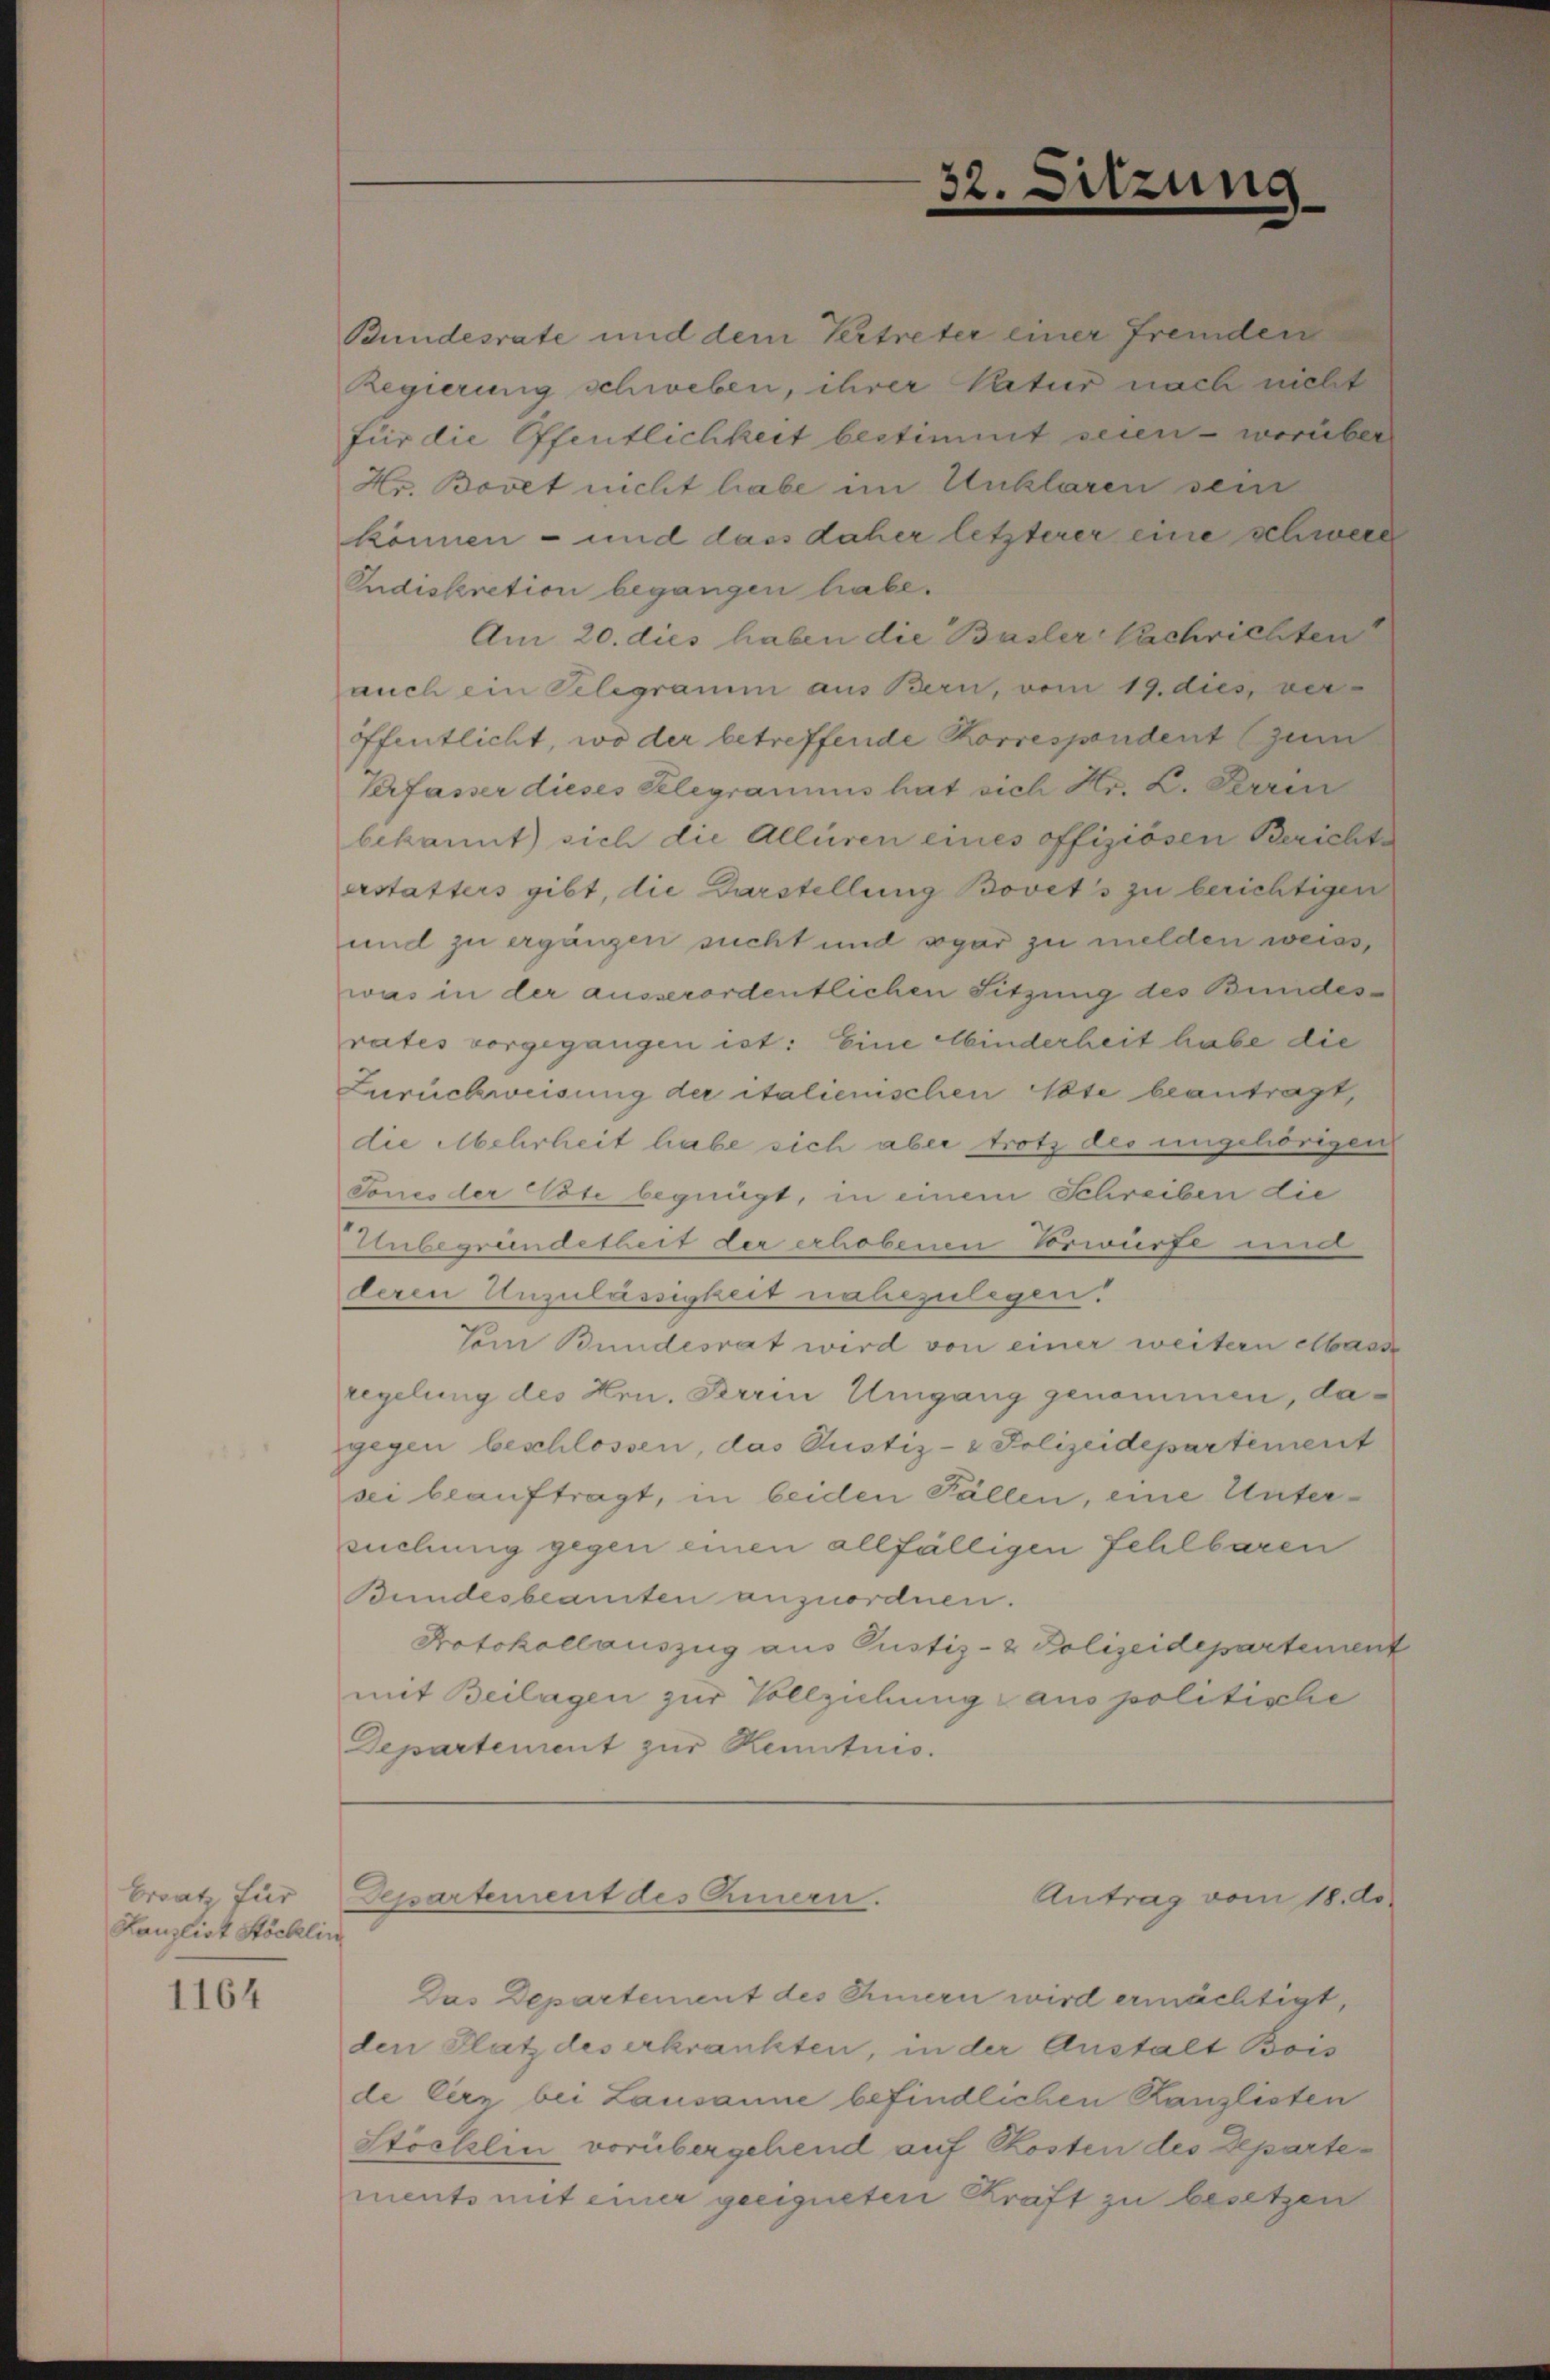
Braatz für
Lanzlist Stöcklin

1164

Departement des Emere.

2.

sitzung

Bundesrate und dem Vertreter einer fremden
Regierung schweben, ihrer Natur nach nicht
für die Pfentlichkeit bestimmt seien - worüber
Hr. Bovet nicht habe im Unklaren sein
können - und dass daher letzterer eine schwere
Indeskretion begangen habe.
Am 20. dies haben die Basler Nachrichten
auch ein Velegramm aus Bern, vom 19. dies, ver-
ffentlicht, wo der betreffende Korrespendent (zum
Verfasser dieses Gelegramms hat sich Hr. C. Perren
bekannt) sich die Allüren eines offiziösen Berichte
erstatters gibt, die Darstellung Bovet's zu berichtigen
und zu ergänzen sucht und sogar zu melden weiss,
was in der ausserordentlichen Sitzung des Bundesrates vorgegangen ist: Eine Minderheit habe die
Zurückweisung der italienischen Note beantragt,
die Mehrheit habe sich aber trotz des ungehörigen
Tones der Note begnügt, in einem Schreiben die
Unbegründetheit der erhobenen Vorwürfe und
deren Unzulässigkeit nahezulegen.
Vom Bundesrat wird von einer weitern elass
regelung des Hrn. Krein Umgang genommen, dagegen beschlossen, das Justiz- & Polizeidepartement
sei beauftragt, in beiden Fällen, eine Untersuchung gegen einen allfälligen Fehlbaren
Bundesbeamten anzuordnen.
Protokollauszug aus Justiz- & Polizeidepartement
mit Beilagen zur Vollziehung aus politische
Departement zur Kenntnis.

Das Departement des Innern wird ermächtigt,
den Platz des erkrankten, in der Anstalt Bois
de Cirz bei Lausanne befindlichen Kanzlisten
Stöcklin vorübergehend auf Kosten des Departements mit einer geeigneten Kraft zu besetzen

Antrag vom 18. d.